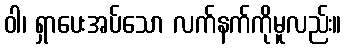
ဝါ၊ ရှာပေးအပ်သော လက်နက်ကိုမူလည်း။